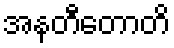
အနတီတောတိ